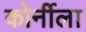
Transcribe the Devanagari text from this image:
कोर्नीला